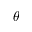
\theta